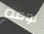
نومه